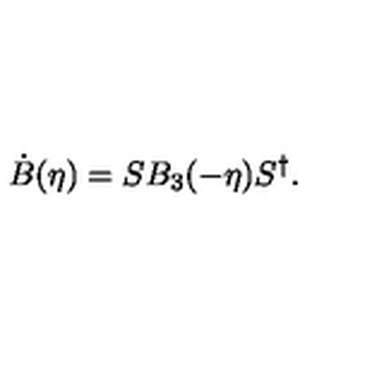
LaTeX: \dot { B } ( \eta ) = S B _ { 3 } ( - \eta ) S ^ { \dagger } .